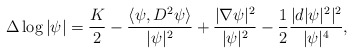
\begin{align*}\Delta\log|\psi|=\frac{K}{2}-\frac{\langle\psi,D^2\psi\rangle}{|\psi|^2}+\frac{|\nabla\psi|^2}{|\psi|^2}-\frac{1}{2}\frac{|d|\psi|^2|^2}{|\psi|^4},\end{align*}